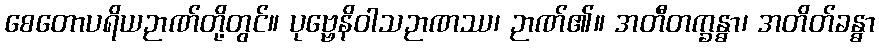
စေတောပရိယဉာဏ်တို့တွင်။ ပုဗ္ဗေနိဝါသဉာဏဿ၊ ဉာဏ်၏။ အတီတက္ခန္ဓာ၊ အတိတ်ခန္ဓာ